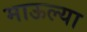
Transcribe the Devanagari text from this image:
माऊल्या